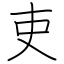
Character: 吏